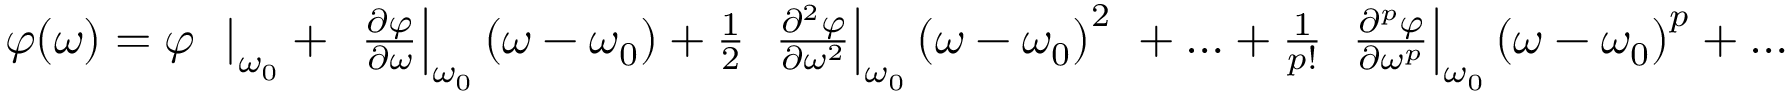
{ \begin{array} { c } { \varphi \mathrm { ( } \omega \mathrm { ) } = \varphi \left. \ \right| _ { \omega _ { 0 } } + \left. \ { \frac { \partial \varphi } { \partial \omega } } \right| _ { \omega _ { 0 } } \left( \omega - \omega _ { 0 } \right) + { \frac { 1 } { 2 } } \left. \ { \frac { \partial ^ { 2 } \varphi } { \partial \omega ^ { 2 } } } \right| _ { \omega _ { 0 } } \left( \omega - \omega _ { 0 } \right) ^ { 2 } \ + \ldots + { \frac { 1 } { p ! } } \left. \ { \frac { \partial ^ { p } \varphi } { \partial \omega ^ { p } } } \right| _ { \omega _ { 0 } } \left( \omega - \omega _ { 0 } \right) ^ { p } + \ldots } \end{array} }